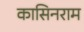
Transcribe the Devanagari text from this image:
कासिनराम